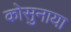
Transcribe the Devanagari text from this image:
कोसुनाया